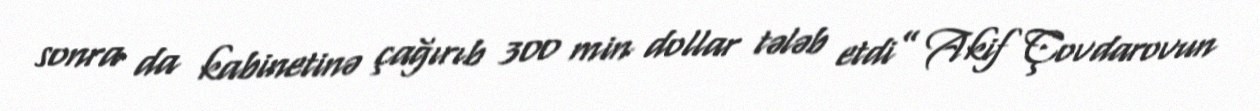
sonra da kabinetinə çağırıb 300 min dollar tələb etdi” Akif Çovdarovun